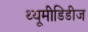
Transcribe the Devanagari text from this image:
थ्यूमीडिडीज